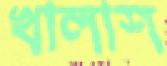
খালাশ